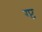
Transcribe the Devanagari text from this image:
ग्प्ट